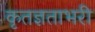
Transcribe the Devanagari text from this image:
कृतज्ञताभरी